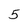
Character: 5